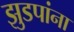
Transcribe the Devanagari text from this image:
झुडपांना